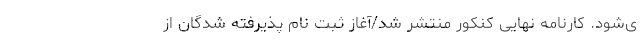
ی‌شود. کارنامه نهایی کنکور منتشر شد/آغاز ثبت نام پذیرفته شدگان از